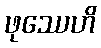
ဖုဿေဟိ